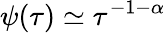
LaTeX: \psi(\tau)\simeq\tau^{-1-\alpha}